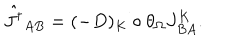
\hat { J ^ { \dagger } } _ { A B } = ( - D ) _ { K } \circ \theta _ { \Omega } J _ { B A } ^ { K } .